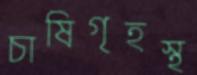
চাষিগৃহস্থ